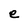
Character: e